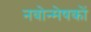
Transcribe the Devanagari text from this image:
नवोन्मेषकों